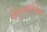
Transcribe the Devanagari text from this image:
टेहुआंटेपेक